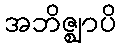
အဘိဇ္ဈာပိ